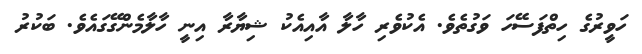
ހަވީރުގެ ހިތްފަސޭހަ ވަގުތެވެ. އެކުވެރި ހާލާ އާއިއެކު ޝިޔާރާ އިނީ ހާލާމެންގޭގައެވެ. ބަކުރު